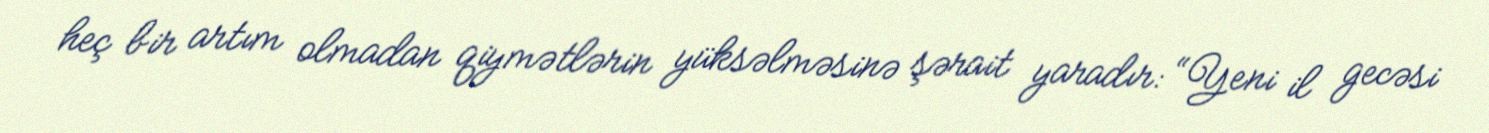
heç bir artım olmadan qiymətlərin yüksəlməsinə şərait yaradır: “Yeni il gecəsi